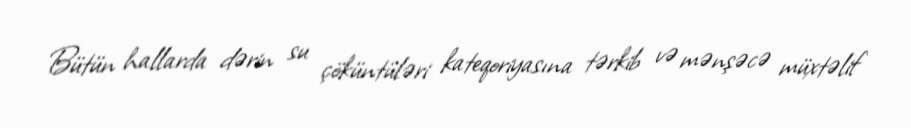
Bütün hallarda dərin su çöküntüləri kateqoriyasına tərkib və mənşəcə müxtəlif